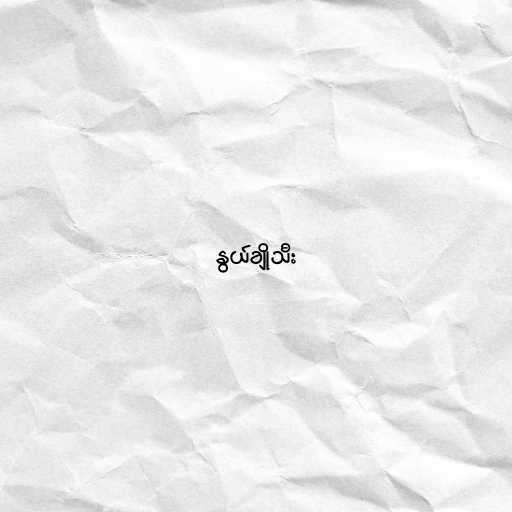
နွယ်ချိုသီး